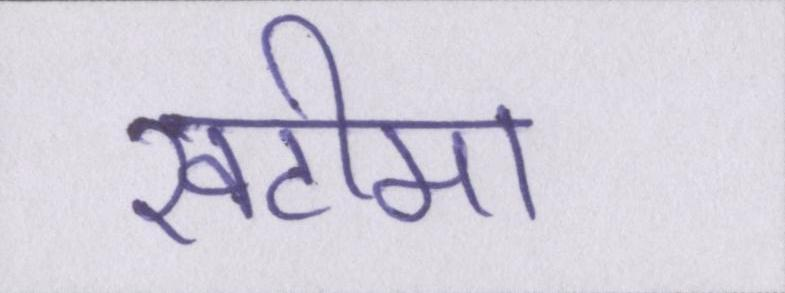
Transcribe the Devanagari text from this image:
खटीमा